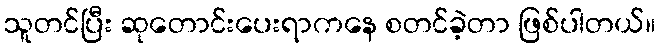
သူတင်ပြီး ဆုတောင်းပေးရာကနေ စတင်ခဲ့တာ ဖြစ်ပါတယ်။